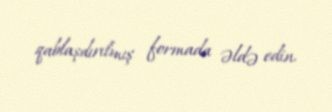
qablaşdırılmış formada əldə edin.